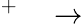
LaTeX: ^+\quad\rightarrow